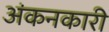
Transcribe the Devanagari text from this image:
अंकनकारी